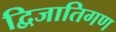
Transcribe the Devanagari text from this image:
द्विजातिगण